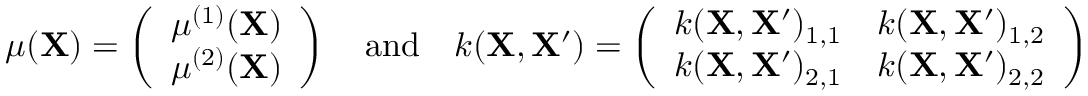
\begin{array} { r } { \mu ( \mathbf { X } ) = \left( \begin{array} { l } { \mu ^ { ( 1 ) } ( \mathbf { X } ) } \\ { \mu ^ { ( 2 ) } ( \mathbf { X } ) } \end{array} \right) \quad \mathrm { a n d } \quad k ( \mathbf { X } , \mathbf { X ^ { \prime } } ) = \left( \begin{array} { l l } { k ( \mathbf { X } , \mathbf { X ^ { \prime } } ) _ { 1 , 1 } } & { k ( \mathbf { X } , \mathbf { X ^ { \prime } } ) _ { 1 , 2 } } \\ { k ( \mathbf { X } , \mathbf { X ^ { \prime } } ) _ { 2 , 1 } } & { k ( \mathbf { X } , \mathbf { X ^ { \prime } } ) _ { 2 , 2 } } \end{array} \right) } \end{array}